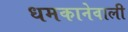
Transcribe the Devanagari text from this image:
धमकानेवाली